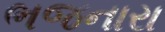
ભજનારા